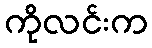
ကိုလင်းက